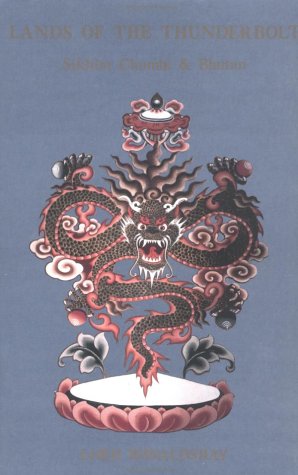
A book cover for Lands of the Thunderbolt: Sikhim Chumbi and Bhutan; Ronaldshay; Travel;